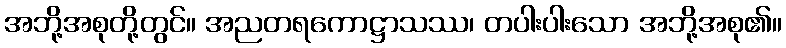
အဘို့အစုတို့တွင်။ အညတရကောဋ္ဌာသဿ၊ တပါးပါးသော အဘို့အစု၏။